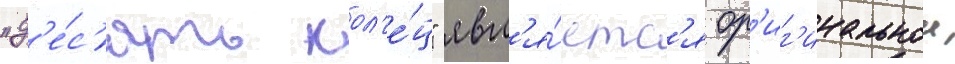
"д'е́с'ять кол'е́ц" явл'я́етс'я ор'иг'инальнои